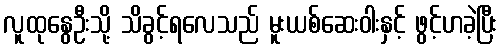
လူထုနွေဦးသို့ သိခွင့်ရလေသည် မူးယစ်ဆေးဝါးနှင့် ဖွင့်ဟခဲ့ပြီး